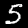
Label: 5